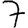
Digit: 7